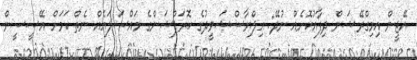
އޭޖީން އިމިގްރޭޝަން ދިފާއުކޮށެއް ނުދޭ: އިލްޔާސްޝަވީދުގެ ކޮރަޕްޝަންގެ މައްސަލައެއް ނެތް ކަމަށް އޭސީސީން